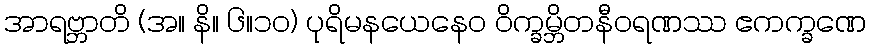
အာရဗ္ဘာတိ (အ။ နိ။ ၆။၁၀) ပုရိမနယေနေဝ ဝိက္ခမ္ဘိတနီဝရဏဿ ဧကက္ခဏေ